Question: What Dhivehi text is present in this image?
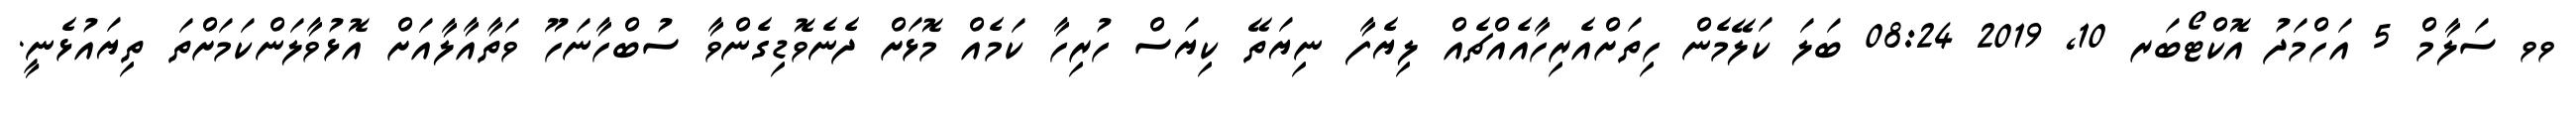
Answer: ވވ ސަލާމް 5 އަހްމަދު އޮކްޓޯބަރ 10, 2019 08:24 ބަލަ ކަލޭމެން ހިތަށްއެރިހާއެއްޗެއް ލިޔެފާ ނިޔަތޭ ކިޔަސް ހުރިހާ ކަމެއް މޮޅަށް ދެނެވޮޑިގެންވާ ސުބްހާނަހޫ ވަތާއާލާއަށް އޮޅުވާލަންކަމަށްތަ ތިޔައުޅެނީ.